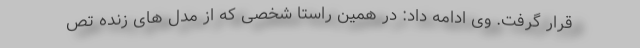
قرار گرفت. وی ادامه داد: در همین راستا شخصی که از مدل های زنده تص